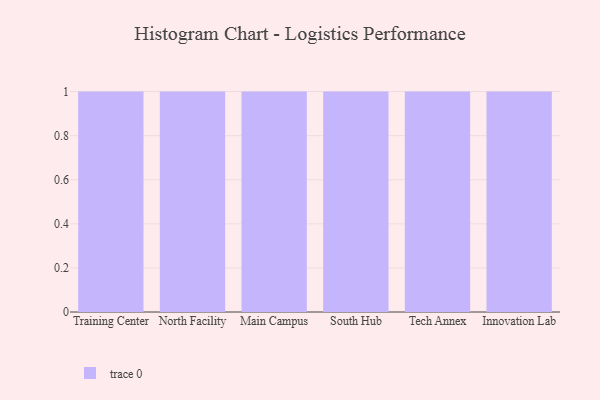
{"axis": {"x": "Campus", "y": "Gross Profit (USD K)"}, "legend": [""], "data": [{"x": "Training Center", "y": 94, "type": ""}, {"x": "North Facility", "y": 6, "type": ""}, {"x": "Main Campus", "y": 97, "type": ""}, {"x": "South Hub", "y": 6, "type": ""}, {"x": "Tech Annex", "y": 40, "type": ""}, {"x": "Innovation Lab", "y": 15, "type": ""}]}